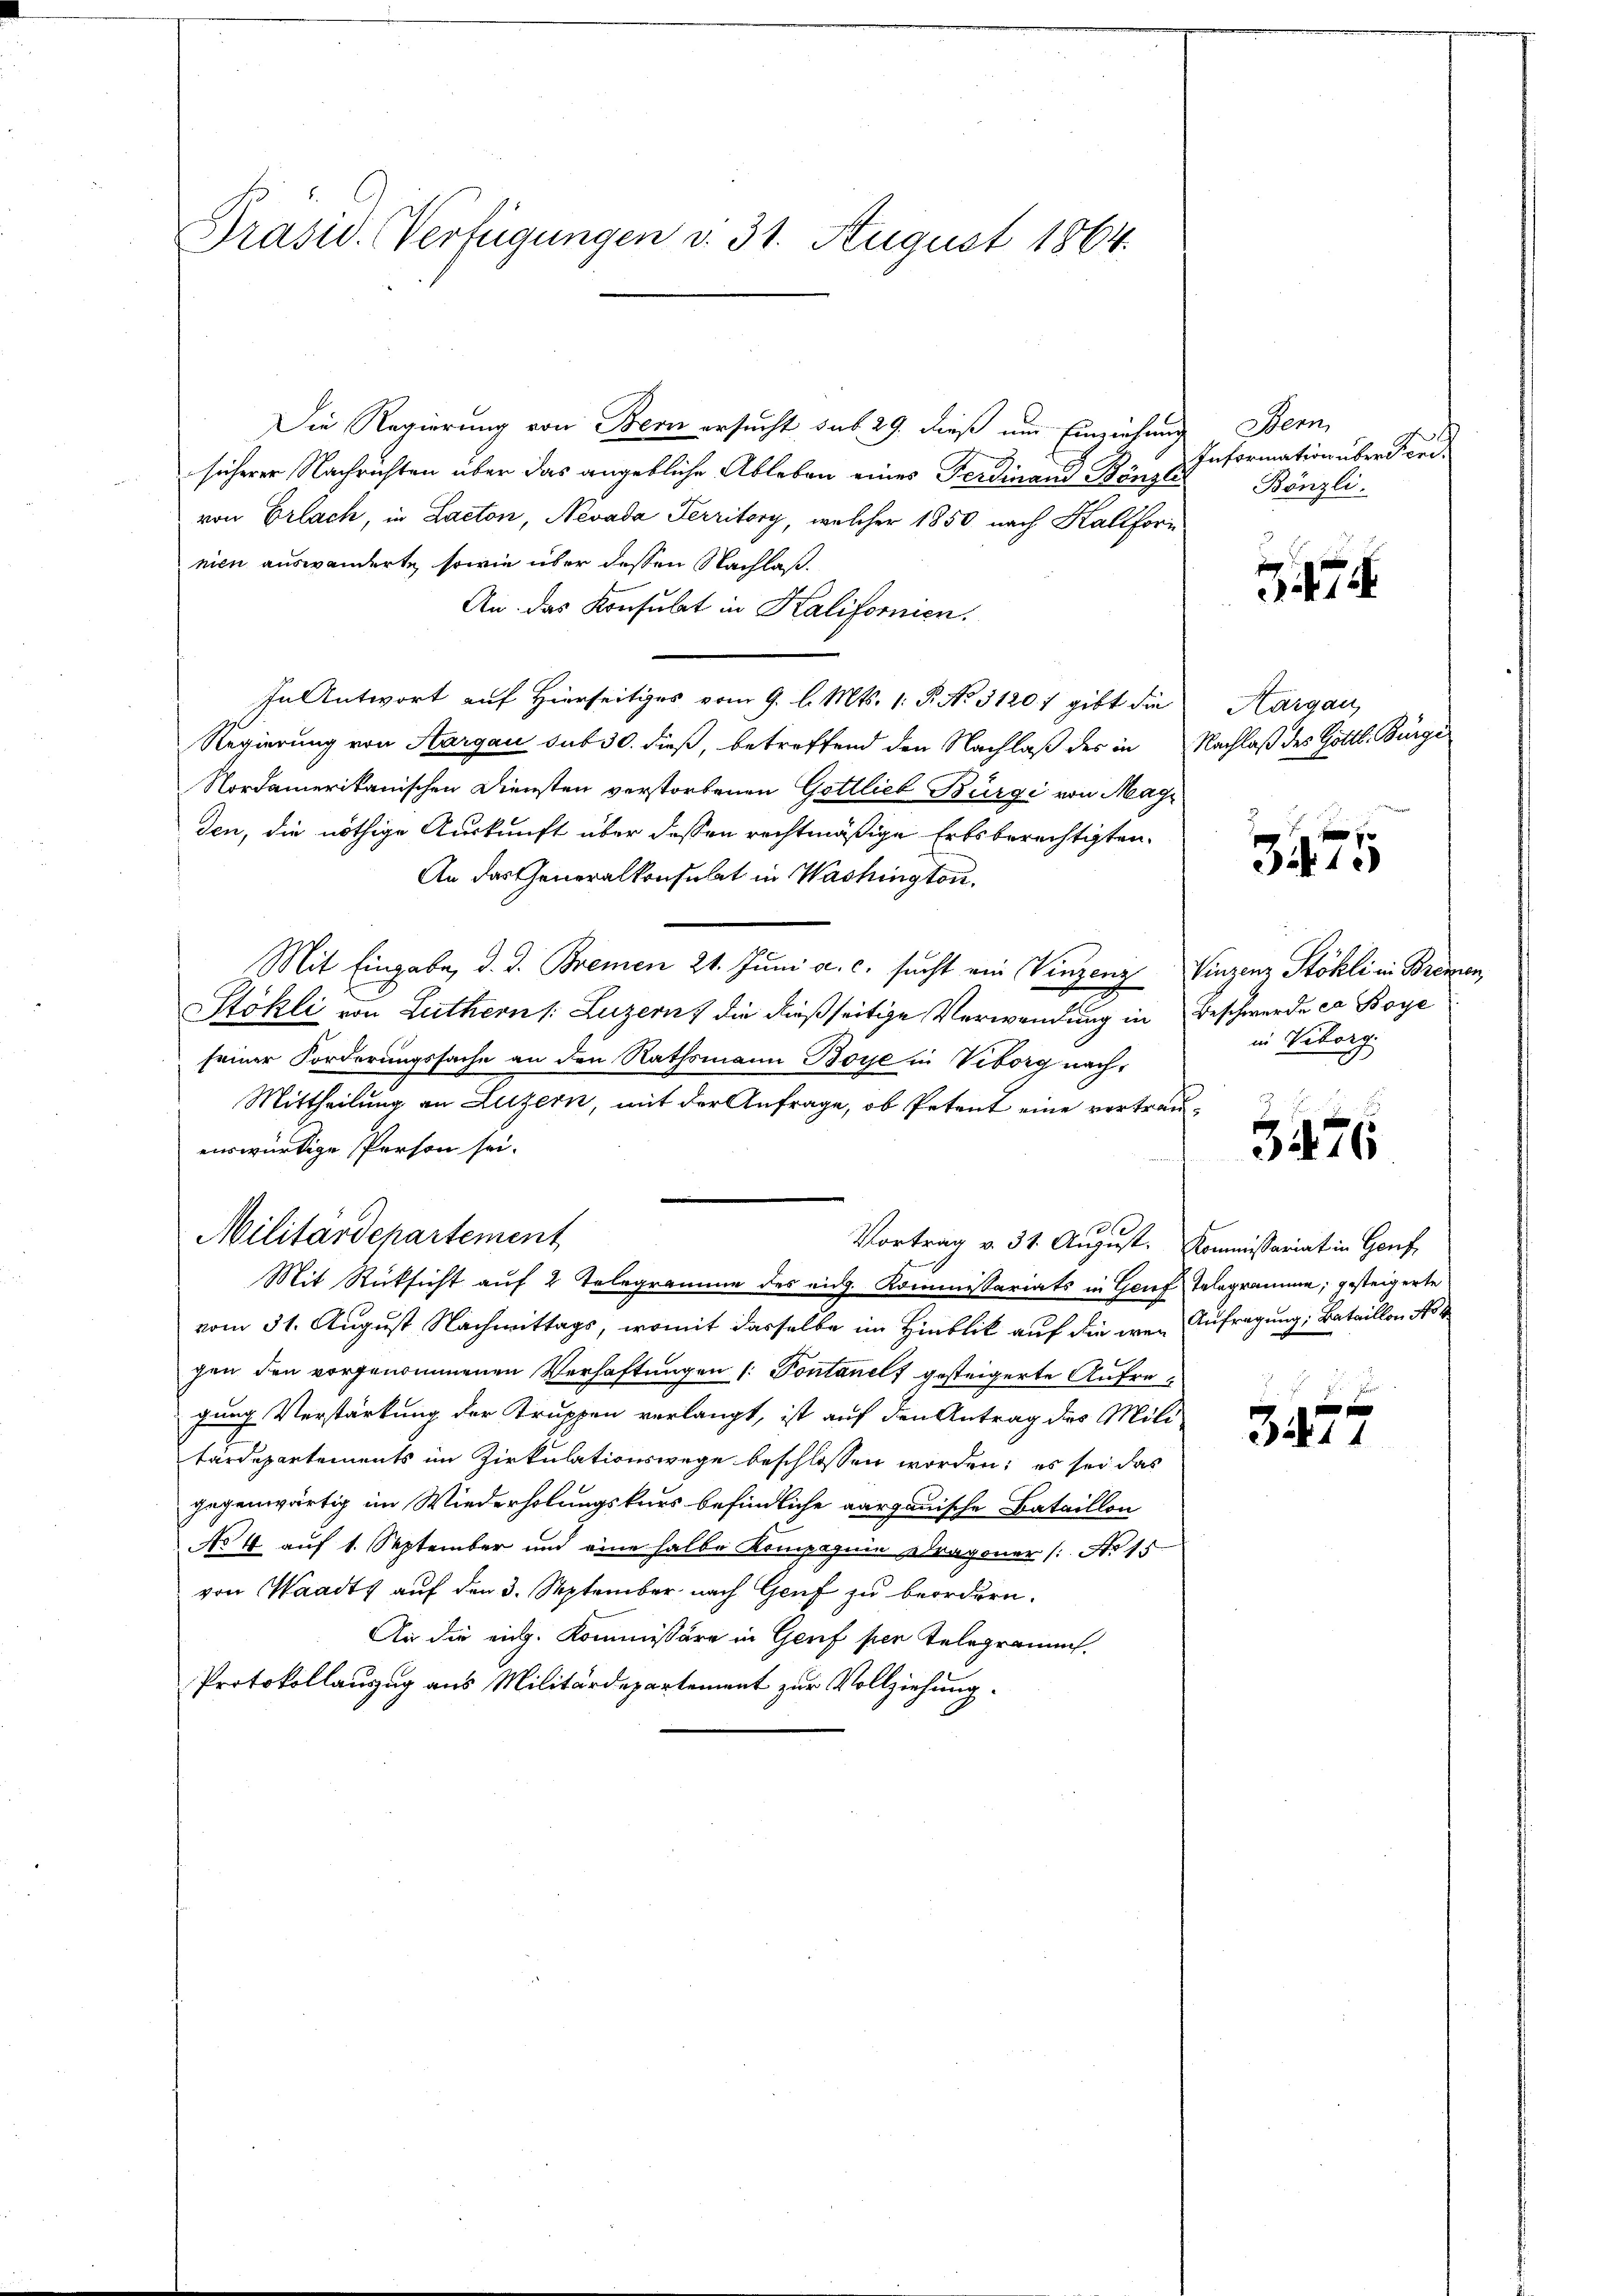
Präsid. Verfügungen v. 31. August 1864.

Die Regierung von Bern ersucht sub. 29. dieß um Einziehung
sicherer Nachrichten über das angebliche Ableben eines Ferdinand Bänzlis
von Erlach, in Lacton, Nevada Territory, welcher 1850 nach Kaliforinien auswanderte, sowie über dessen Nachlaß.
An. das Konsulat in Kalifornien.
In Antwort auf Hierseitiges vom 9. l. Mts. 1. P. No. 31201 gibt die
Regierung von Aargau sub 30. dieß, betreffend den Nachlaß des in Nachlaß des Gottl. Bürge
Nordamerikanischen Diensten verstorbenen Gottlieb Bürgi von Magi
den, die nöthige Auskunft über dessen rechtmäßige Erbsberechtigten,
An das Generalkonsulat in Washington.
Mit Eingabe, d. d. Bremen 21. Juni a. c. sucht ein Vinzenz Vinzenz Stöhli in Bremen
Stökli von Luthern /: Luzern, die dießseitige Verwendung in Beschwerde es Boye
seiner Forderungssache an den Rathsmann Boye in Veborg nach,
Mittheilung an Luzern, mit der Anfrage, ob Petent eine vertraueiswürdige Person sei.
.
Militärdepartement
Vortrag v. 31. August. Kommissariat in Genf,
Mit Rücksicht auf 2 Telegramme des eidg. Kommissariats in Genf Telegramme; gesteigerte
vom 31. August Nachmittags, womit dasselbe im Hinblik auf die wenn Anfragung: Bataillon No 4
gen den vorgenommenen Verhaftungen (: Pontanels gesteigerte Aufregung Verstärkung der Truppen verlangt, ist auf den Antrag des Mili
tärdepartements im Zirkulationswege beschlossen worden; es sei das
gegenwärtig im Wiederholungskurs befindliche aargauische Bataillon
No 4 auf 1. September und eine halbe Kompagnie Stragoner /: No 15
von Waadt auf den 3. September nach Genf zu beordnen.
An die eich. Kommissäre in Genf per Telegramm.
Protokollauzug aus Militärdepartement zur Vollziehung.

Bern,
Information über der¬
Bönzli.

474.

Aargau,

3475

in Veborg

3476

e
3211